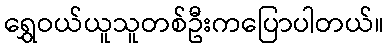
ရွှေဝယ်ယူသူတစ်ဦးကပြောပါတယ်။